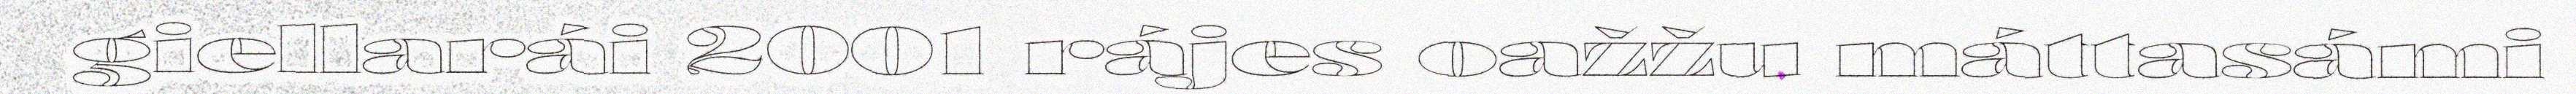
giellarái 2001 rájes oažžu máttasámi